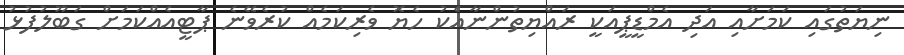
ނިޔަތުގައި ކަމަށާއި އަދި އެމްޑީޕީއަކީ ރައްޔިތުންނާއެކު ހެޔޮ ވެރިކަމެއް ކުރެވޭނެ ޕާޓީއެއްކަމަށް ގަބޫލުފުޅު